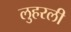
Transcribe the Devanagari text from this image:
लुहरली